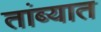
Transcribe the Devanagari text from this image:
तांब्यात